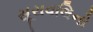
સૂરાવલિનો